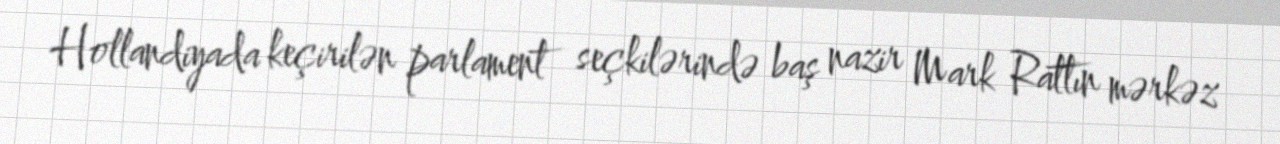
Hollandiyada keçirilən parlament seçkilərində baş nazir Mark Rattın mərkəz